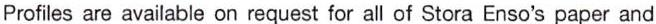
Profiles are available on request for all of Stora Enso's paper and